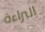
البراءة